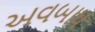
અવબાધ